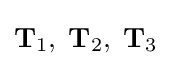
{\mathbf {T} }_{1},\;{\mathbf {T} }_{2},\;{\mathbf {T} }_{3}